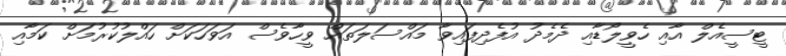
ޓީސީއެލް އާއި ހެވީލޯޑާއި ދެމެދު އުފެދިފައިވާ މައްސަލަތައް ވީހާވެސް އަވަހަކަށް ހައްލުކުރުމަށް ކަމާއި